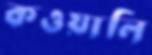
কওয়ালি